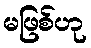
မဖြစ်ဟု